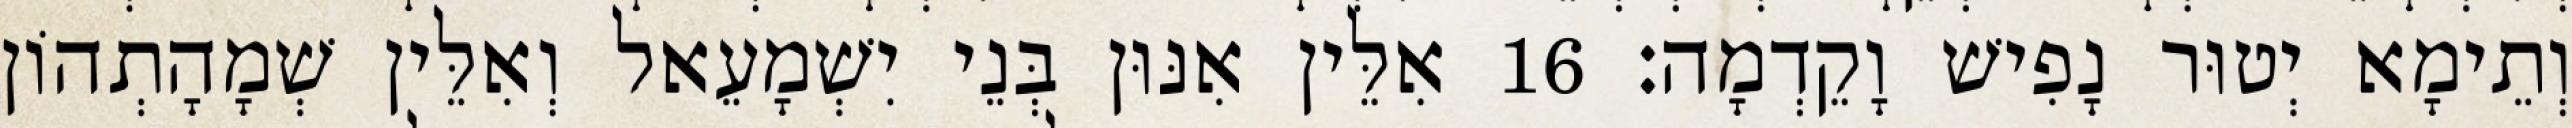
וְתֵימָא יְטוּר נָפִישׁ וָקֵדְמָה׃ 16 אִלֵּין אִנּוּן בְּנֵי יִשְׁמָעֵאל וְאִלֵּין שְׁמָהָתְהוֹן